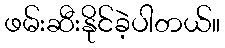
ဖမ်းဆီးနိုင်ခဲ့ပါတယ်။